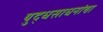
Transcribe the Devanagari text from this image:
युद्धसाधनांचा